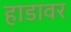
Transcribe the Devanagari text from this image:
हाडावर